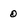
Character: 0